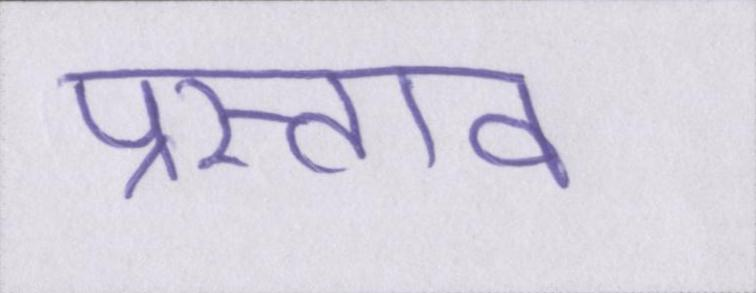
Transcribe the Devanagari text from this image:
प्रस्ताव